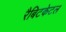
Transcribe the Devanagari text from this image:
रैबिटकेटल